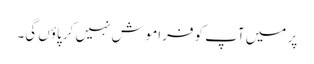
پر میں آپ کو فراموش نہیں کر پاؤں گی۔